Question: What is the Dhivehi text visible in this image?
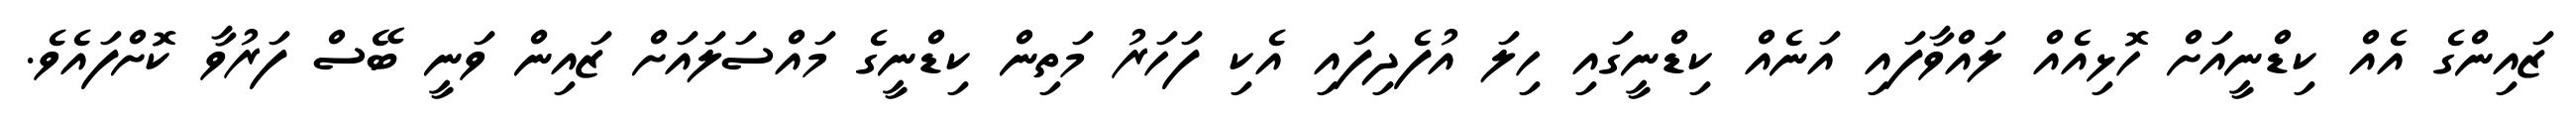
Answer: ޒައިންގެ އެއް ކިޑްނީއަށް ހޮޅިއެއް ލައްވާފައި އަނެއް ކިޑްނީގައި ހިލަ އުފެދިފައި އެކި ފަހަރު މަތިން ކިޑްނީގެ މައްސަލައަށް ޒައިން ވަނީ ބޭސް ފަރުވާ ކޮށްފައެވެ.